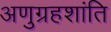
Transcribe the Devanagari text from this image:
अणुग्रहशांति